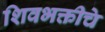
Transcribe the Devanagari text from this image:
शिवभक्तीचे